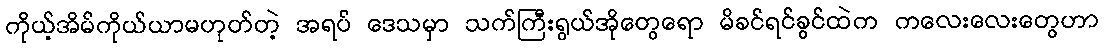
ကိုယ့်အိမ်ကိုယ်ယာမဟုတ်တဲ့ အရပ် ဒေသမှာ သက်ကြီးရွယ်အိုတွေရော မိခင်ရင်ခွင်ထဲက ကလေးလေးတွေဟာ